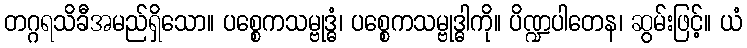
တဂ္ဂရသိခီအမည်ရှိသော။ ပစ္စေကသမ္ဗုဒ္ဓံ၊ ပစ္စေကသမ္ဗုဒ္ဓါကို။ ပိဏ္ဍပါတေန၊ ဆွမ်းဖြင့်။ ယံ